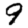
Digit: 9